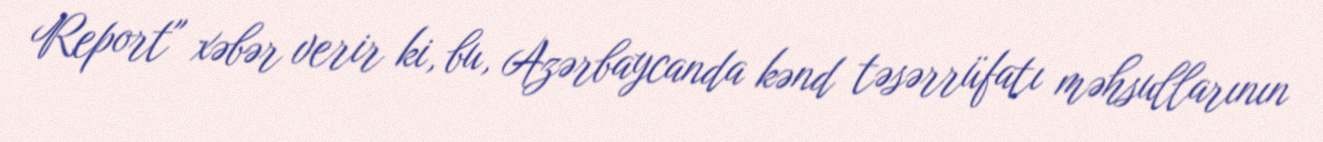
Report" xəbər verir ki, bu, Azərbaycanda kənd təsərrüfatı məhsullarının